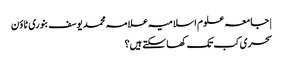
| جامعہ علوم اسلامیہ علامہ محمد یوسف بنوری ٹاؤن
سحری کب تک کھا سکتے ہیں؟